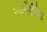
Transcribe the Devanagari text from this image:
१०सेंटीग्रेड